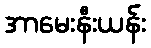
အာမေးနီးယန်း